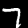
Label: 7